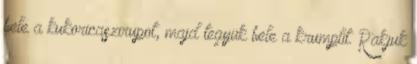
bele a kukoricaszirupot, majd tegyük bele a krumplit. Rakjuk